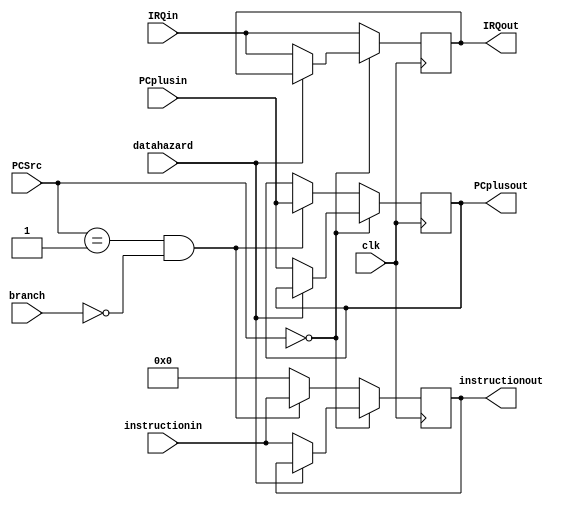
`timescale 1ns/1ps

module IFIDreg(clk,branch,PCSrc,IRQin,datahazard,instructionin,PCplusin,instructionout,PCplusout,IRQout);

input clk;
input branch;
input datahazard;
input [2:0] PCSrc;
input IRQin;
input [31:0] instructionin;
input [31:0] PCplusin;
output [31:0] instructionout;
output [31:0] PCplusout;
output IRQout;

reg [31:0] instruction;
reg [31:0] PCplus;
reg IRQ;

always @(posedge clk)
begin
  if(PCSrc == 3'b000)
  begin
    if(~datahazard)
    begin
      instruction <= instructionin;
      PCplus <= PCplusin;
      IRQ <= IRQin;
    end
    else;
  end
  else
  begin
    if(PCSrc == 3'b001 && branch == 1'b0)
    begin
      instruction <= instructionin; 
      PCplus <= PCplusin;
      IRQ <= IRQin;
    end
    else
    begin
      instruction <= 32'h0;  
      IRQ <=  IRQin;
    end
  end
end

assign instructionout = instruction;
assign PCplusout = PCplus;
assign IRQout =  IRQ;

endmodule